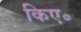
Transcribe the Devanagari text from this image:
किए॰